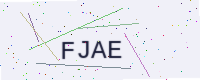
Text: FJAE